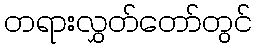
တရားလွှတ်တော်တွင်